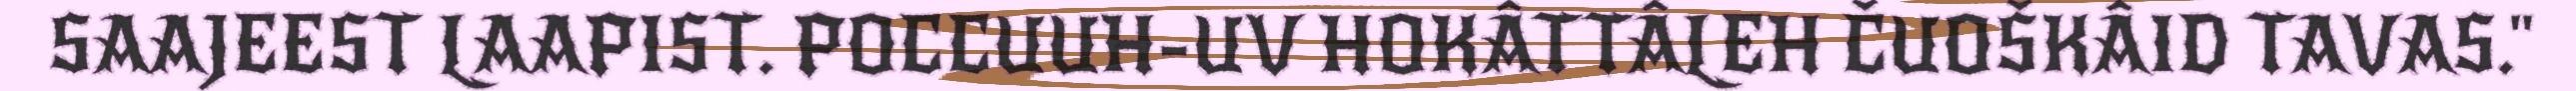
SAAJEEST LAAPIST. POCCUUH-UV HOKÂTTÂLEH ČUOŠKÂID TAVAS."